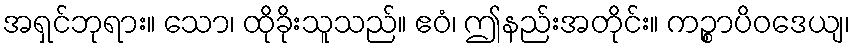
အရှင်ဘုရား။ သော၊ ထိုခိုးသူသည်။ ဧဝံ၊ ဤနည်းအတိုင်း။ ကဉ္စာပိဝဒေယျ၊